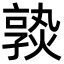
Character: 𡦦